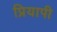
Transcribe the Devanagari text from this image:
प्रियापी